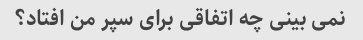
نمی بینی چه اتفاقی برای سپر من افتاد؟